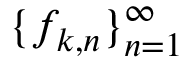
\{ f _ { k , n } \} _ { n = 1 } ^ { \infty }